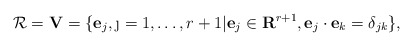
\begin{align*}{\cal R}={\bf V}=\{{\bf e}_j,\j=1,\ldots,r+1|{\bf e}_j\in{\bf R}^{r+1}, {\bf e}_j\cdot{\bf e}_k=\delta_{jk}\},\end{align*}